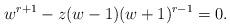
LaTeX: \begin{align*} w^{r+1}-z(w-1)(w+1)^{r-1}=0.\end{align*}